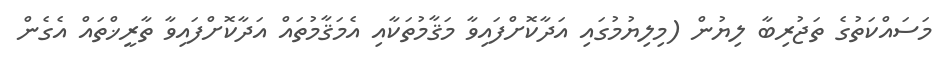
މަސައްކަތުގެ ތަޖުރިބާ ލިޔުން (މިލިޔުމުގައި އަދާކޮށްފައިވާ މަޤާމުތަކާއި އެމަޤާމުތައް އަދާކޮށްފައިވާ ތާރީޚްތައް އެގެން